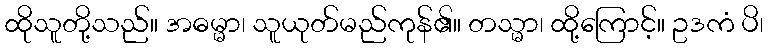
ထိုသူတို့သည်။ အဓမ္မာ၊ သူယုတ်မည်ကုန်၏။ တသ္မာ၊ ထို့ကြောင့်။ ဥဒကံ ပိ၊